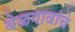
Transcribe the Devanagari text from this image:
बेळगावांचे